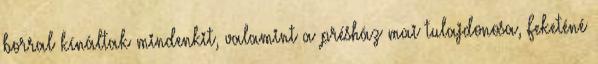
borral kínáltak mindenkit, valamint a présház mai tulajdonosa, Feketéné